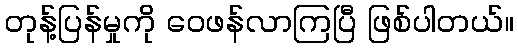
တုန့်ပြန်မှုကို ဝေဖန်လာကြပြီ ဖြစ်ပါတယ်။